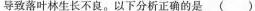
导致落叶林生长不良。以下分析正确的是( )